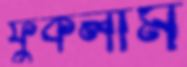
ফুঁকলাম